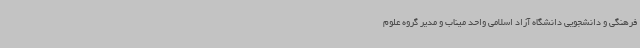
فرهنگی و دانشجویی دانشگاه آزاد اسلامی واحد میناب و مدیر گروه علوم